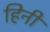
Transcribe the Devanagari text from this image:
हिनी